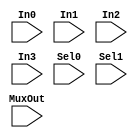
module mux421_check (In0, In1, In2, In3, Sel0, Sel1, MuxOut);

input In0, In1, In2, In3, Sel0, Sel1, MuxOut;

initial begin

  $monitor ("time: %t, In0=%b,In1=%b,In2=%b,In3=%b,Sel0=%b,Sel1=%b,MuxOut=%b", $time, In0, In1, In2, In3, Sel0, Sel1, MuxOut);

end

endmodule